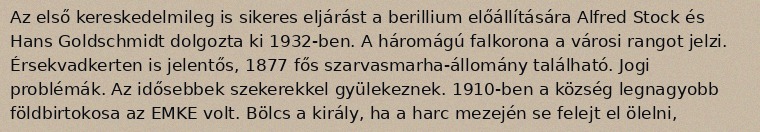
Az első kereskedelmileg is sikeres eljárást a berillium előállítására Alfred Stock és Hans Goldschmidt dolgozta ki 1932-ben. A háromágú falkorona a városi rangot jelzi. Érsekvadkerten is jelentős, 1877 fős szarvasmarha-állomány található. Jogi problémák. Az idősebbek szekerekkel gyülekeznek. 1910-ben a község legnagyobb földbirtokosa az EMKE volt. Bölcs a király, ha a harc mezején se felejt el ölelni,